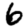
Digit: 6